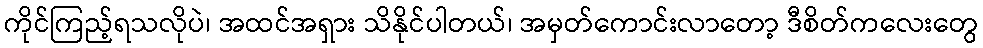
ကိုင်ကြည့်ရသလိုပဲ၊ အထင်အရှား သိနိုင်ပါတယ်၊ အမှတ်ကောင်းလာတော့ ဒီစိတ်ကလေးတွေ